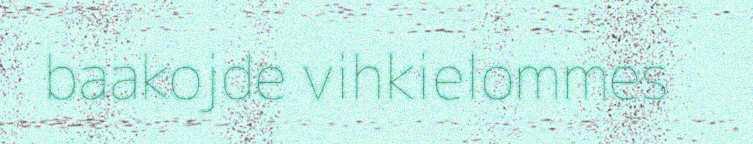
baakojde vihkielommes